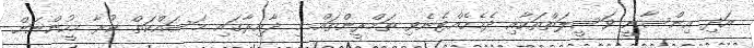
އަދި އިންސާނީ ވަސީލަތްތަކާއި ދެމެހެއްޓެނެވި ތަމްރީންތައް މި ދާއިރާގައި މަސައްކަތް ކުރާ މީހުންނަށް